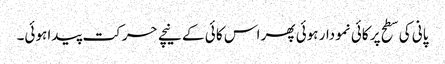
پانی کی سطح پر کائی نمودار ہوئی پھر اس کا ئی کے نیچے حرکت پیدا ہوئی۔